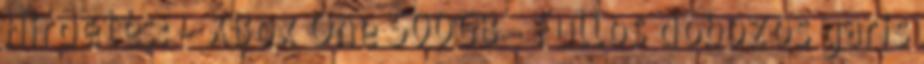
Hirdetés: - XBox One 500GB - Fullos dobozos garis